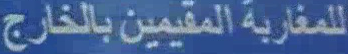
للسفارية-المقيمين-بال